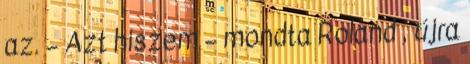
az. – Azt hiszem – mondta Roland , újra